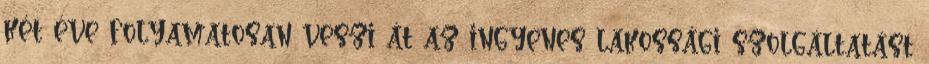
két éve folyamatosan veszi át az ingyenes lakossági szolgáltatást